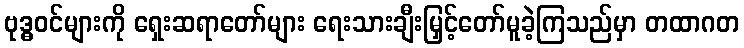
ဗုဒ္ဓဝင်များကို ရှေးဆရာတော်များ ရေးသားချီးမြှင့်တော်မူခဲ့ကြသည်မှာ တထာဂတ